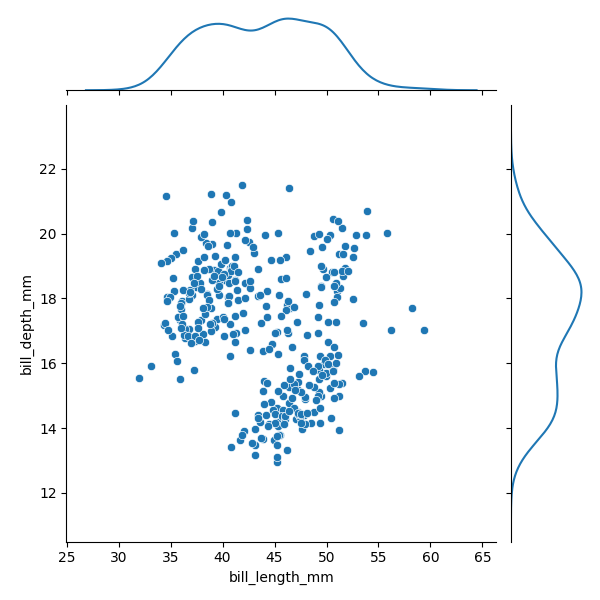
python, seaborn, JointGrid, scatterplot, kdeplot